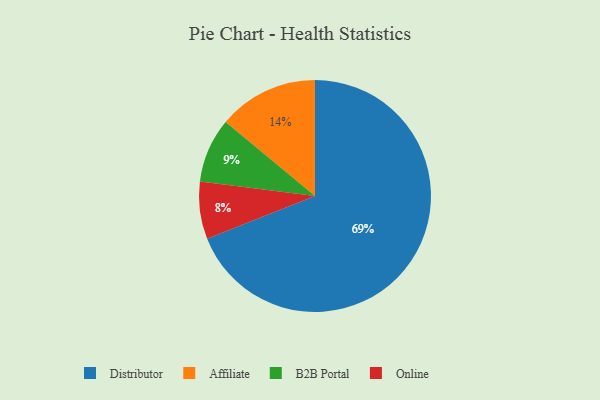
{"axis": {"x": "Category", "y": "Percentage"}, "legend": ["Affiliate", "B2B Portal", "Distributor", "Online"], "data": [{"x": "Affiliate", "y": 14, "type": "Affiliate"}, {"x": "B2B Portal", "y": 9, "type": "B2B Portal"}, {"x": "Online", "y": 8, "type": "Online"}, {"x": "Distributor", "y": 69, "type": "Distributor"}]}